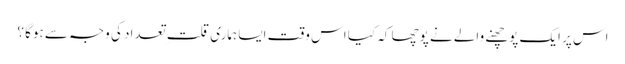
اس پر ایک پوچھنے والے نے پوچھا کہ کیا اس وقت ایسا ہماری قلت ِ تعداد کی وجہ سے ہوگا ؟